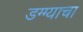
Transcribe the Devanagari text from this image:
डग्ग्याचा